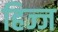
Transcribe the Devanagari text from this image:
हिज्ज